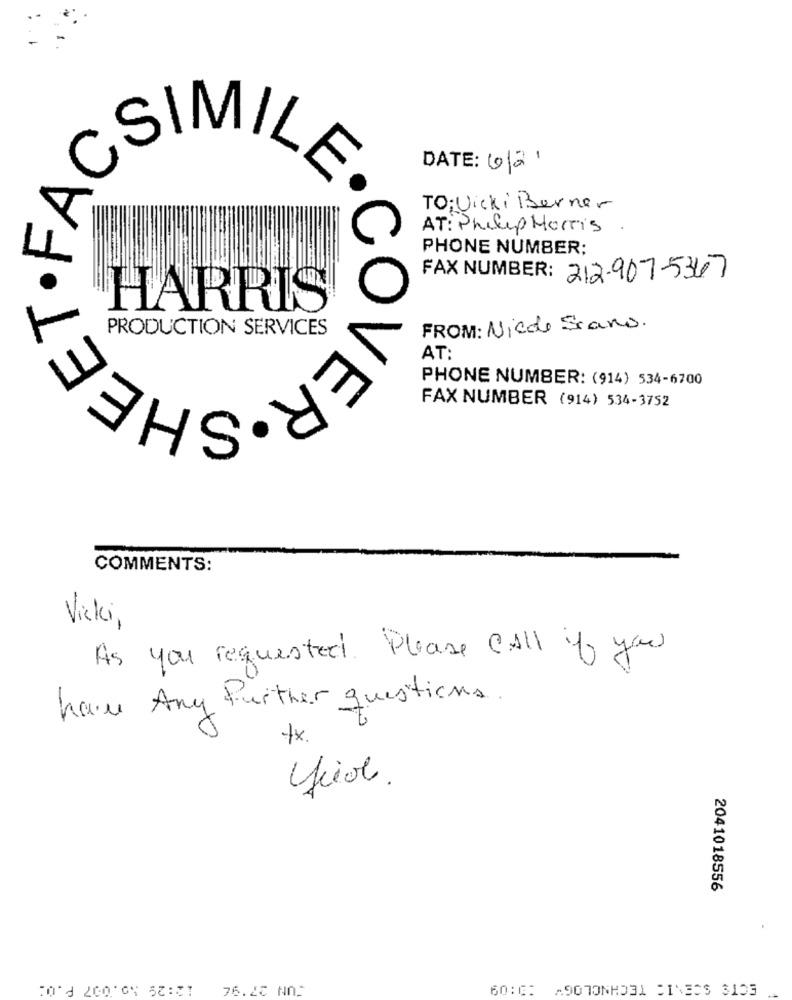
DATE: 6/21
SIMILE.
TO; Vicki Berner
AT: Philip Morris.
PHONE NUMBER:
FAX NUMBER: 212-907-5367
HARRIS
PRODUCTION SERVICES
FROM: Nicole Siano.
AT:
PHONE NUMBER: (914) 534-6700
FAX NUMBER (914) 534-3752
COMMENTS:
Vicki,
As you requested. Please Call if you
have Any Further questions.
tx.
2041018556
JUN 27'96 12:29 30. 007 P.O.
60:0: A90TONHD31 51%3CS 3103